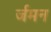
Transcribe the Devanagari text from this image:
र्जमन